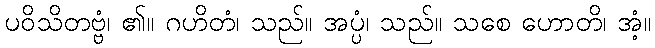
ပဝိသိတဗ္ဗံ၊ ၏။ ဂဟိတံ၊ သည်။ အပ္ပံ၊ သည်။ သစေ ဟောတိ၊ အံ့။